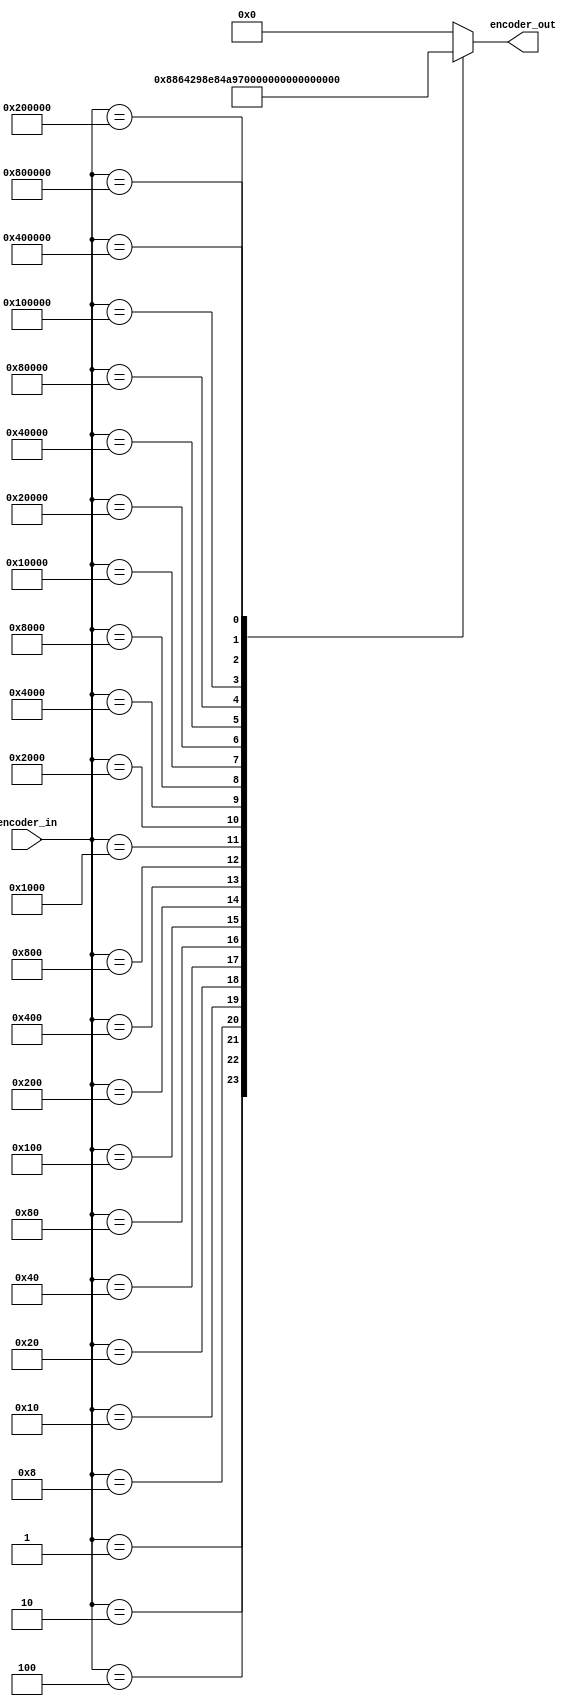
module encoder_32_to_5 (
    input wire [31:0] encoder_in,    // 32 bit input to be encoded to 5 bits
    output reg [4:0] encoder_out     // 5 bit output signal to bus_mux_32_to_1
);

always @ (*) begin
    case(encoder_in)
        // Convert the 32 bit input to a 5 bit output select signal for the bus_mux_32_to_1
        32'h000001  :   encoder_out <= 5'h01;   // r0               Binary input: 00000000000000000000000000000001  Binary output: 00001
        32'h000002  :   encoder_out <= 5'h02;   // r1               Binary input: 00000000000000000000000000000010  Binary output: 00010
        32'h000004  :   encoder_out <= 5'h03;   // r2               Binary input: 00000000000000000000000000000100  Binary output: 00011
        32'h000008  :   encoder_out <= 5'h04;   // r3               Binary input: 00000000000000000000000000001000  Binary output: 00100
        32'h000010  :   encoder_out <= 5'h05;   // r4               Binary input: 00000000000000000000000000010000  Binary output: 00101
        32'h000020  :   encoder_out <= 5'h06;   // r5               Binary input: 00000000000000000000000000100000  Binary output: 00110
        32'h000040  :   encoder_out <= 5'h07;   // r6               Binary input: 00000000000000000000000001000000  Binary output: 00111
        32'h000080  :   encoder_out <= 5'h08;   // r7               Binary input: 00000000000000000000000010000000  Binary output: 01000
        32'h000100  :   encoder_out <= 5'h09;   // r8               Binary input: 00000000000000000000000100000000  Binary output: 01001
        32'h000200  :   encoder_out <= 5'h0A;   // r9               Binary input: 00000000000000000000001000000000  Binary output: 01010
        32'h000400  :   encoder_out <= 5'h0B;   // r10              Binary input: 00000000000000000000010000000000  Binary output: 01011
        32'h000800  :   encoder_out <= 5'h0C;   // r11              Binary input: 00000000000000000000100000000000  Binary output: 01100
        32'h001000  :   encoder_out <= 5'h0D;   // r12              Binary input: 00000000000000000001000000000000  Binary output: 01101
        32'h002000  :   encoder_out <= 5'h0E;   // r13              Binary input: 00000000000000000010000000000000  Binary output: 01110
        32'h004000  :   encoder_out <= 5'h0F;   // r14              Binary input: 00000000000000000100000000000000  Binary output: 01111
        32'h008000  :   encoder_out <= 5'h10;   // r15              Binary input: 00000000000000001000000000000000  Binary output: 10000
        32'h010000  :   encoder_out <= 5'h11;   // hi               Binary input: 00000000000000010000000000000000  Binary output: 10001
        32'h020000  :   encoder_out <= 5'h12;   // lo               Binary input: 00000000000000100000000000000000  Binary output: 10010
        32'h040000  :   encoder_out <= 5'h13;   // zhi              Binary input: 00000000000001000000000000000000  Binary output: 10011
        32'h080000  :   encoder_out <= 5'h14;   // zlo              Binary input: 00000000000010000000000000000000  Binary output: 10100
        32'h100000  :   encoder_out <= 5'h15;   // pc               Binary input: 00000000000100000000000000000000  Binary output: 10101
        32'h200000  :   encoder_out <= 5'h16;   // mdr              Binary input: 00000000001000000000000000000000  Binary output: 10110
        32'h400000  :   encoder_out <= 5'h17;   // inport           Binary input: 00000000010000000000000000000000  Binary output: 10111
        32'h800000  :   encoder_out <= 5'h18;   // c_sign_extended  Binary input: 00000000100000000000000000000000  Binary output: 11000
        default     :   encoder_out <= 5'h00;   // select nothing   Binary input: invalid                           Binary output: 00000
    endcase    
end

endmodule